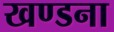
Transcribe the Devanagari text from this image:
खण्डना